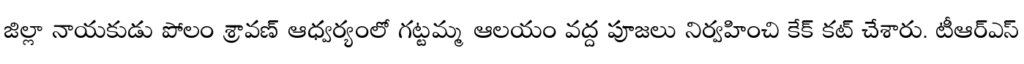
జిల్లా నాయకుడు పోలం శ్రావణ్ ఆధ్వర్యంలో గట్టమ్మ ఆలయం వద్ద పూజలు నిర్వహించి కేక్ కట్ చేశారు. టీఆర్ఎస్